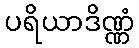
ပရိယာဒိဏ္ဏံ